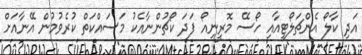
އަދި ކާލޯ އެންޗަލޯޓީއާއި ހޯސޭ މޮރީނިއޯ ފަދަ ކޯޗުންނާއެކު މަސައްކަތް ކުރެވުމުން އޭނާއަށް